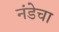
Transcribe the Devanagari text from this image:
नंडेचा